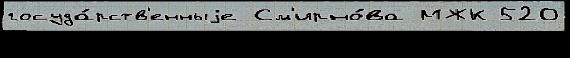
госуда́рств'енныjе См'ирно́ва МЖК 520